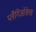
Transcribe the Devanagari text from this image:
प्लैगिओक्लेस